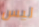
ليس